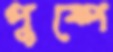
পুষ্পে